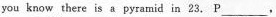
you know there is a pyramid in 23. P___,